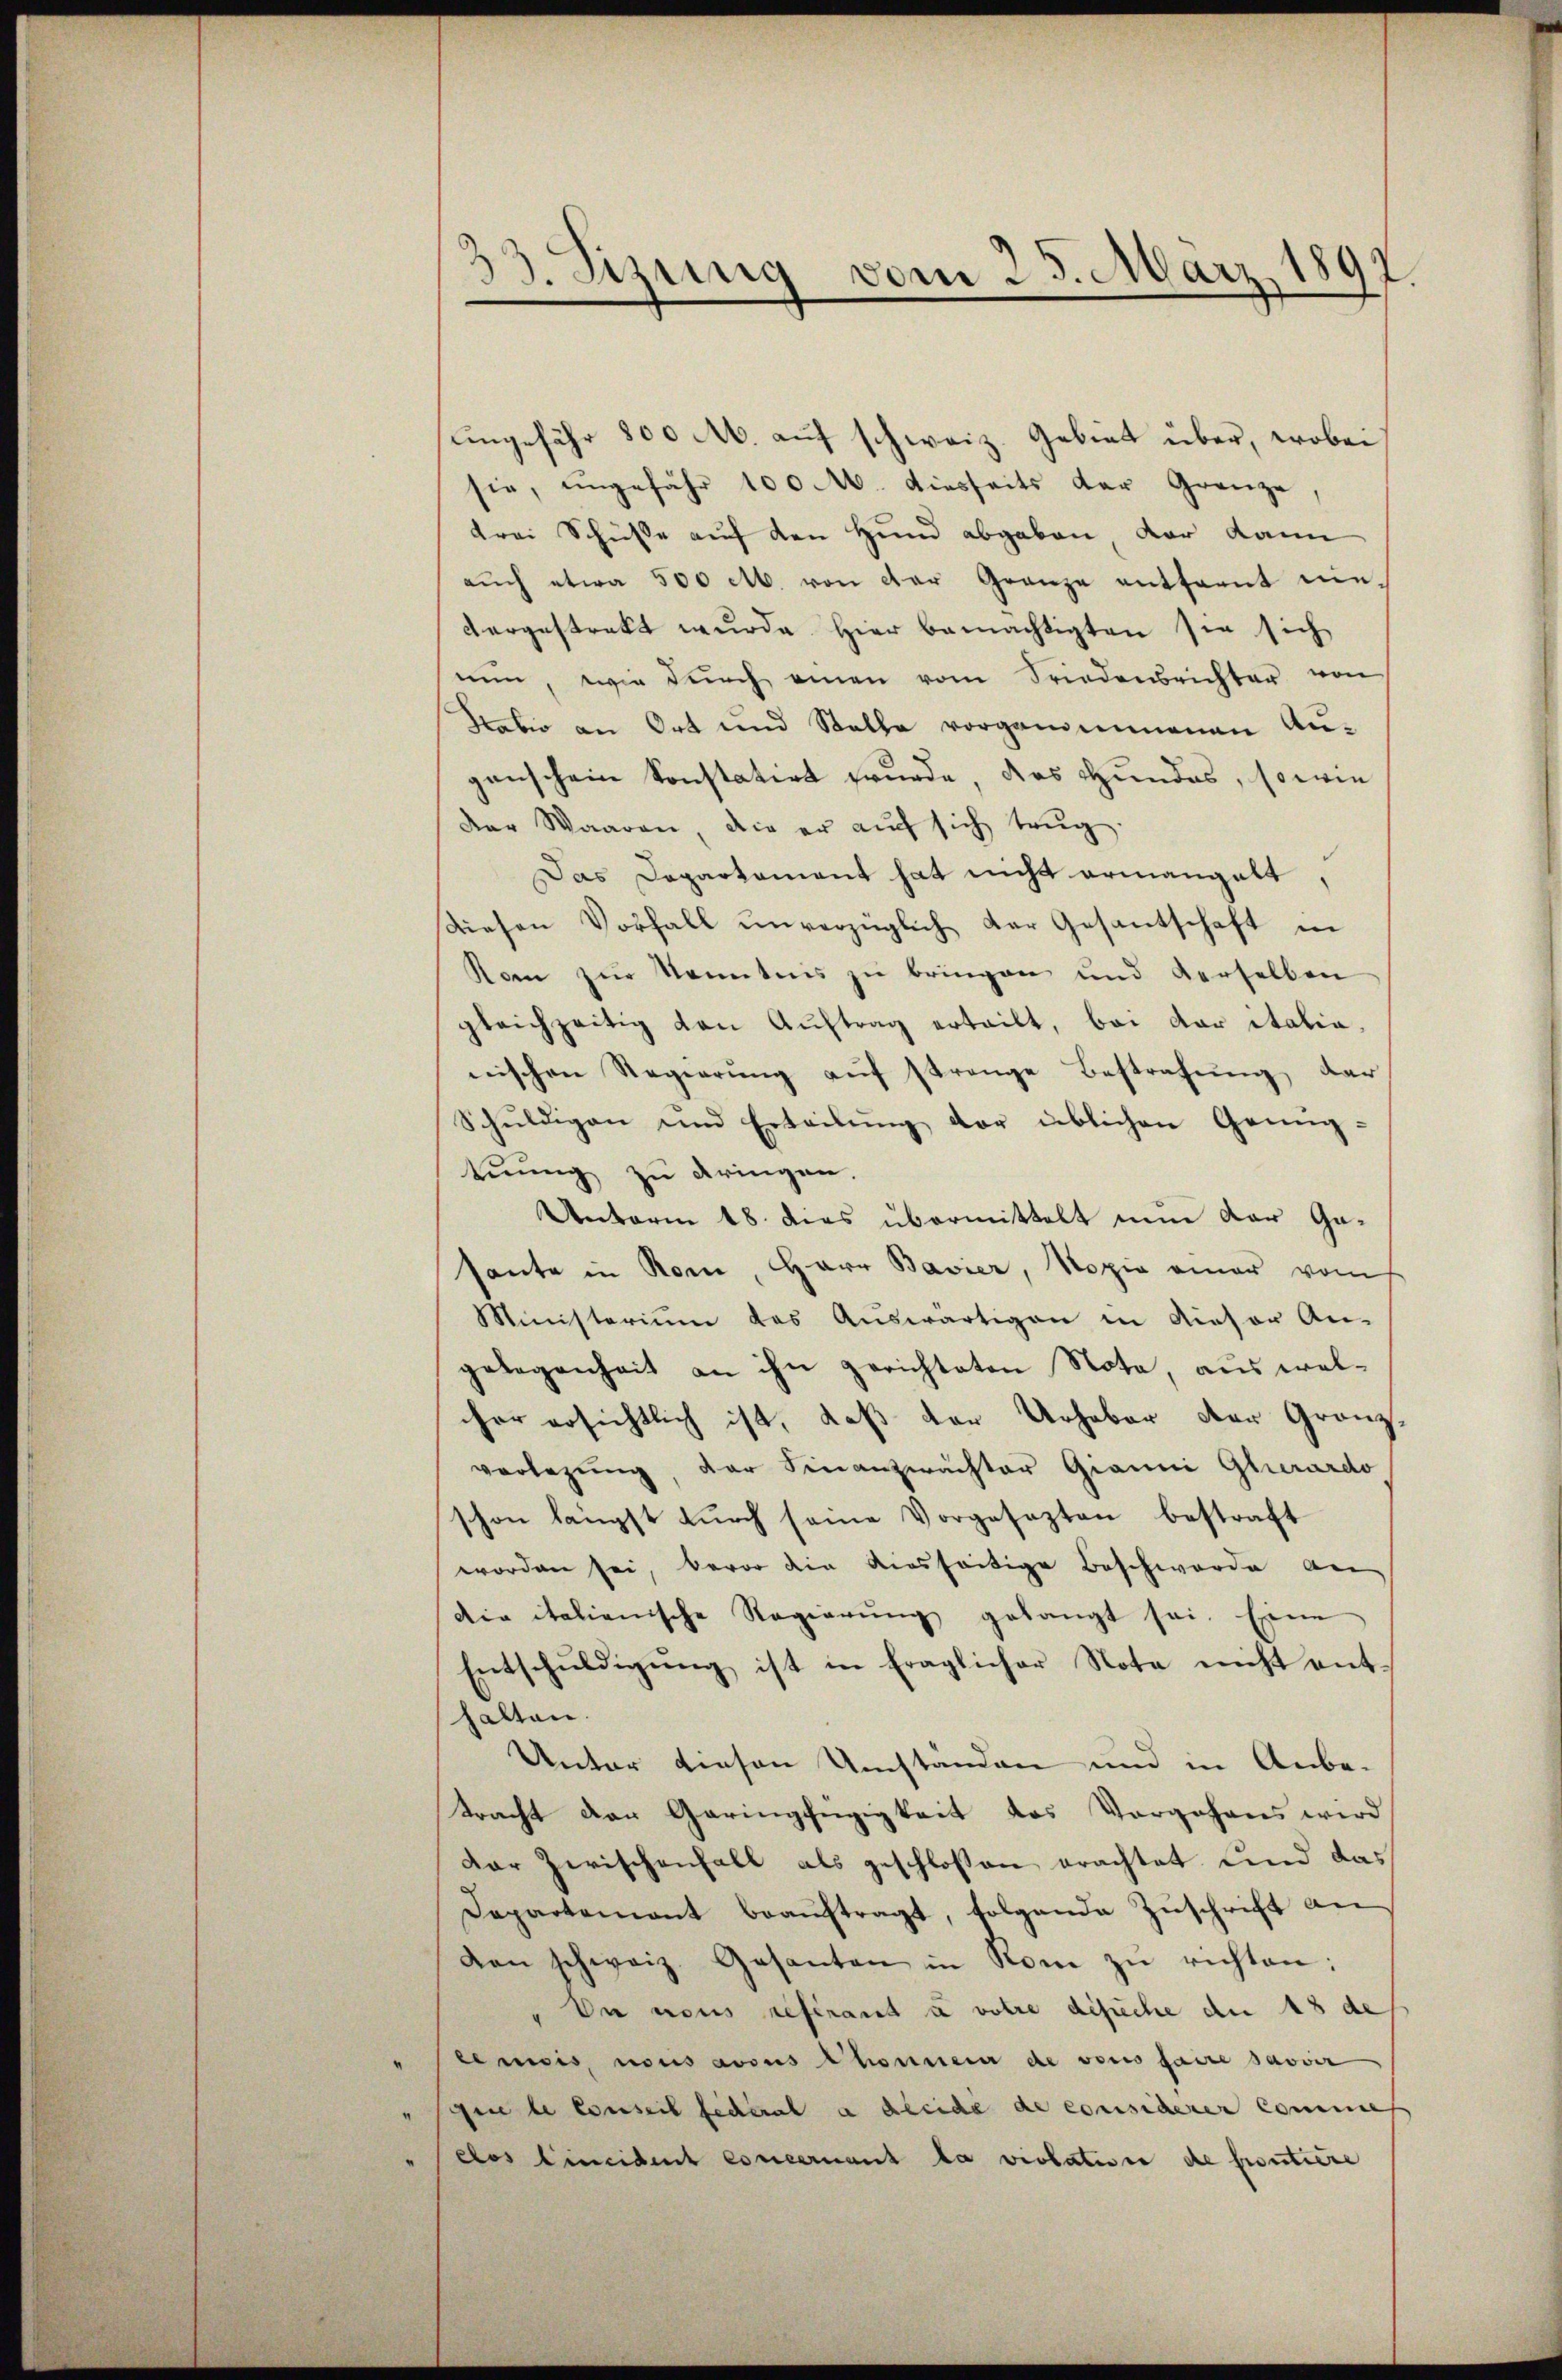
.
33. Sizung vom 25. März,
.

ungefähr 800 M. auf schweiz. Gebiet über, wobei
sie, ungefähr 100 M. diesseits der Grenze,
drei Schüsse auf den Hund abgeben vor kann
aŭch etwa 500 M. von der Granze entfernt me
dargestrekt wurde Hier bemächtigten sie sich
nŭn, wie dŭrch einen vom Friedensrichter von
Rabio an Ort und Stelle vorgenommenen Angenschein konstatirt wurde, das Hundes, sowie
der Waaren, die er aŭf sich trug.
Das Departament hat nicht ermangelt,
diesen Vorfall unverzüglich der Gesantschaft in
Kam zur Kenntnis zu bringen und derselben
gleichzeitig von Aŭftrag erteilt, bei der italia
nischen Regierŭng aŭf strenge Bestrafŭng dar
Schuldigen und Erteilung vor üblichen Genüg-
tuung zu dringen.
Unterm 18. dies übermittelt nun der Gasante in Rom, Herr Bavier, Kopia einer vom
Ministerium das Auswärtigen in dieser An-
gelegenheit an ihn gerichteten Nota, aus welcher ersichtlich ist, daß der Urheber der Granz
verlegung, der Finanzwachter Gianni Glirardo
schon längst dŭrch seine Vorgesezten bestraft
worden sei, bevor die diesseitige Beschwerde an
die italienische Regierŭng gelangt sei. Eine
Entschŭldigŭng ist in fraglicher Note nicht ent
halten.
Unter diesen Umstanden und in Anbe-
tracht der Geringfügigkeit des Vorgehens wird
Dar Zwischenfall als geschlossen erachtet und das
Departement beaŭftragt, folgende Zuschrift an
den schweiz. Gesanten in Rom zŭ richten:
De nous referant u votie dische du 18 de
lemois, nous avous Chonnere de vons faire savoir
gine le conseil sicheral a gleiche de considerer Commen
" dos eineident concernant la violation de proutiere